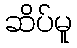
ဆိပ်မူ